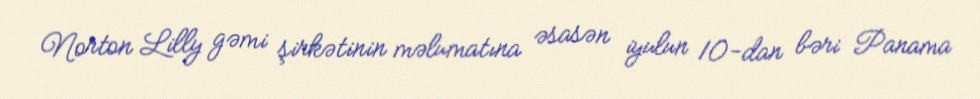
Norton Lilly gəmi şirkətinin məlumatına əsasən iyulun 10-dan bəri Panama